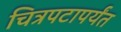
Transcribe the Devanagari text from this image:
चित्रपटापर्यंत